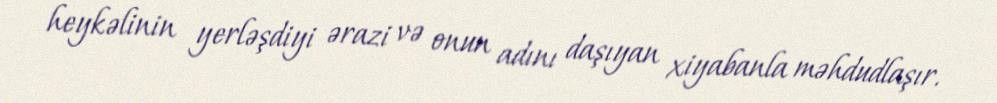
heykəlinin yerləşdiyi ərazi və onun adını daşıyan xiyabanla məhdudlaşır.